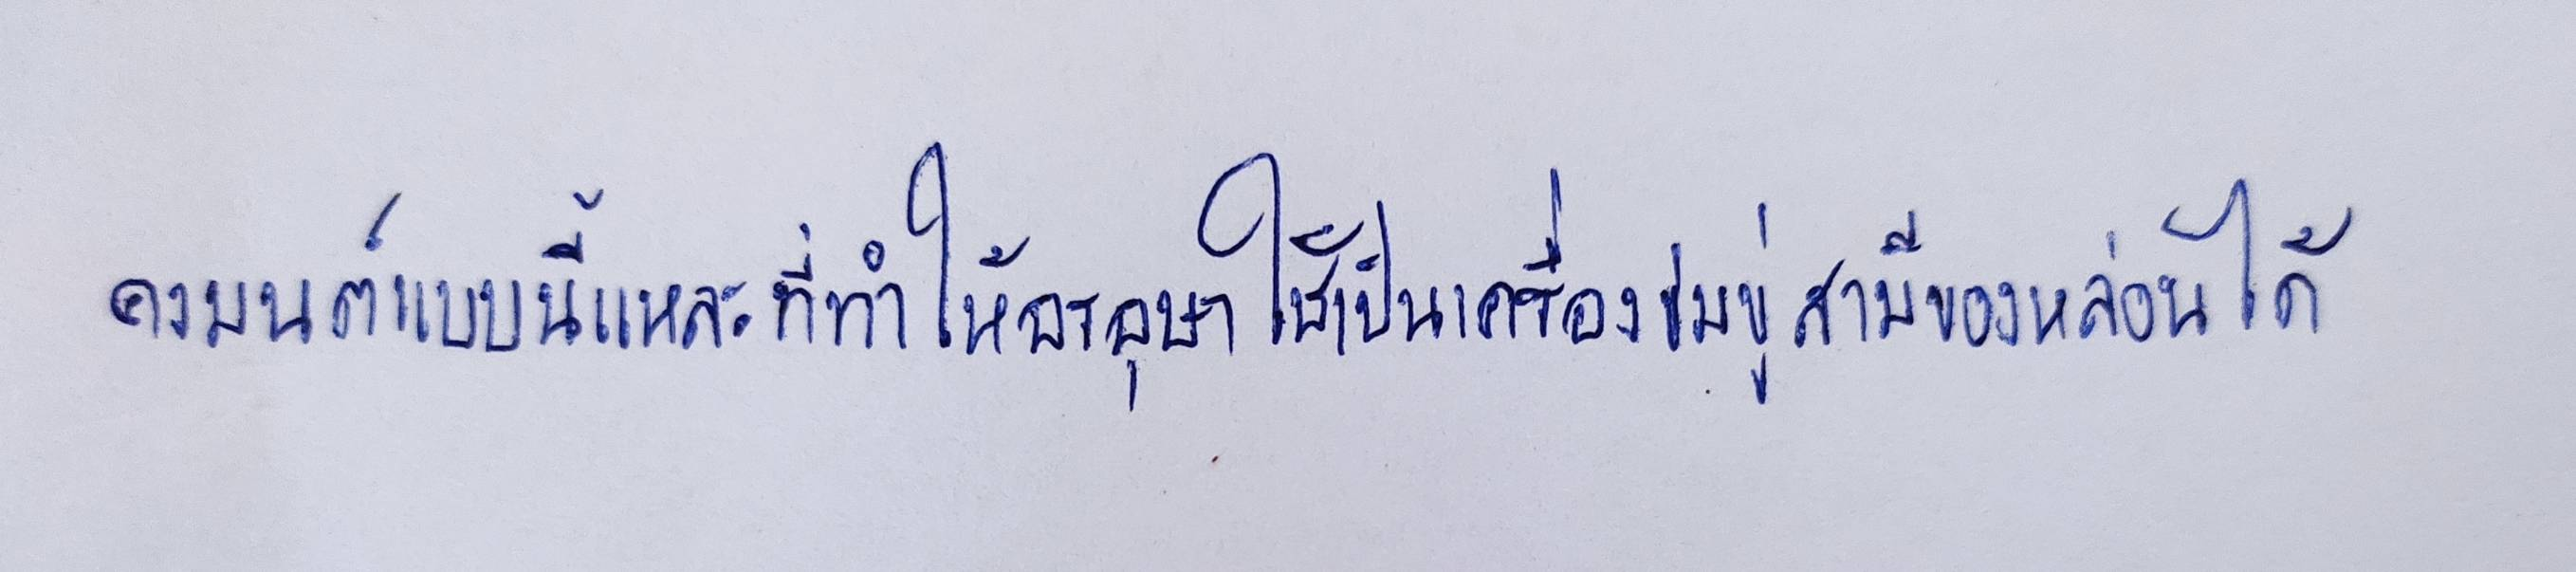
คงมนต์แบบนี้แหละที่ทำให้อรอุษาใช้เป็นเครื่องข่มขู่สามีของหล่อนได้